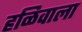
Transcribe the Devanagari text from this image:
हळिवाला